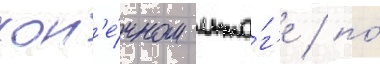
кон'е́чном ито́г'е / по́